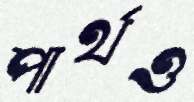
পার্থও